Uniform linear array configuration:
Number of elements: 64
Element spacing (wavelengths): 1
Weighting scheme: blackman
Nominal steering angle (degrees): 15
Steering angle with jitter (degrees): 16.458
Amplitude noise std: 0.05
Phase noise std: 0.05

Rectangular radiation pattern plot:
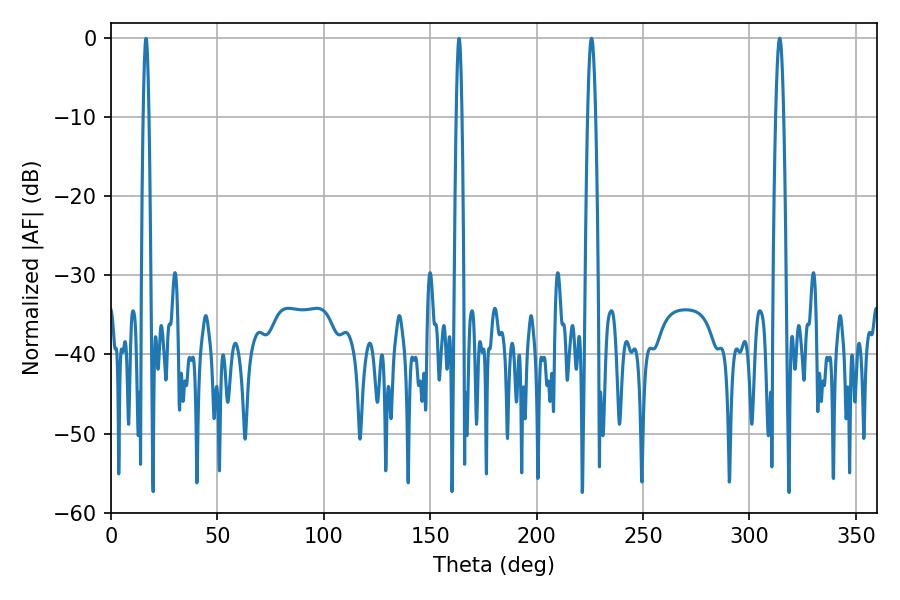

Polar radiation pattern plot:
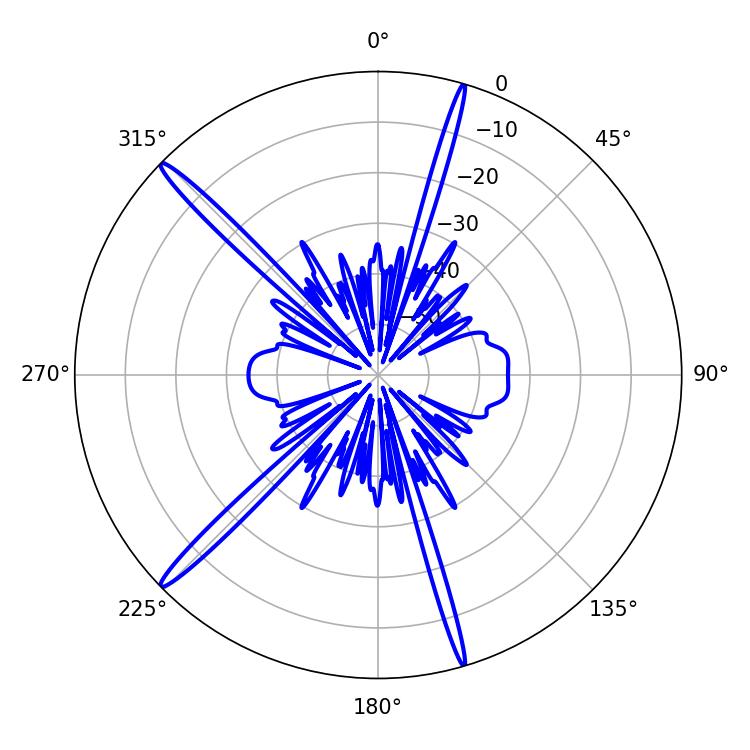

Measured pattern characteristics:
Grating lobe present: TRUE
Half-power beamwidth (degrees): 1.98
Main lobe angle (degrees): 314.28